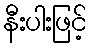
နီးပါးဖြင့်